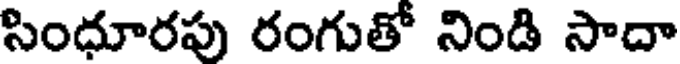
సిందూరపు రంగుతో నిండి సాదా